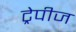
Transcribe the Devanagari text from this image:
ट्रेपीज